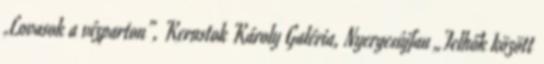
„Lovasok a vízparton”, Kernstok Károly Galéria, Nyergesújfau „Felhők között